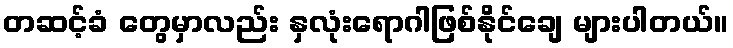
တဆင့်ခံ တွေမှာလည်း နှလုံးရောဂါဖြစ်နိုင်ချေ များပါတယ်။